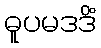
ဓူပမဒဒိံ